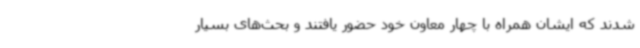
شدند که ایشان همراه با چهار معاون خود حضور یافتند و بحث‌های بسیار